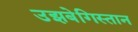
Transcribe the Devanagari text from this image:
उझबेगिस्तान